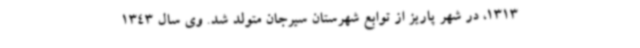
1313، در شهر پاریز از توابع شهرستان سیرجان متولد شد. وی سال 1343